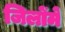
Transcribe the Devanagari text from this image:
जिलोंमे